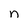
Character: n